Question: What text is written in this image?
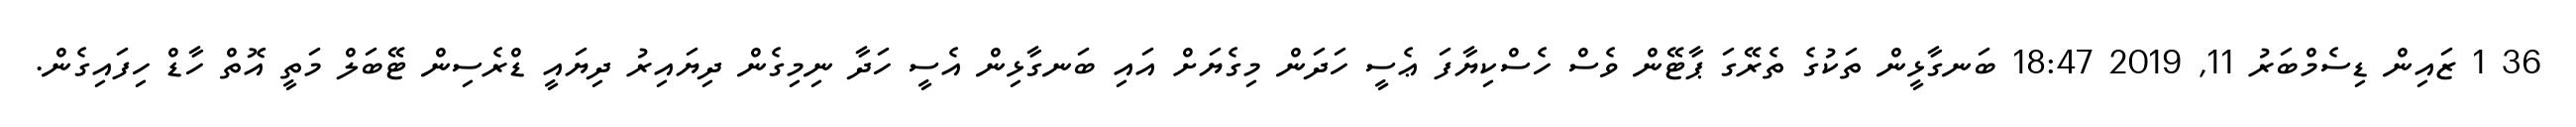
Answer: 36 1 ޒައިން ޑިސެމްބަރު 11, 2019 18:47 ބަނގާޅީން ތަކުގެ ތެރޭގަ ޕާޓޭން ވެސް ހެސްކިޔާފަ ޢެސީ ހަދަން މިގެޔަށް އައި ބަނގާޅިން އެސީ ހަދާ ނިމިގެން ދިޔައިރު ދިޔައީ ޑްރެސިން ޓޭބަލް މަތީ އޮތް ހާޑް ހިފައިގެން.